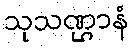
သုသဏ္ဌာနံ